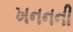
ખનનની